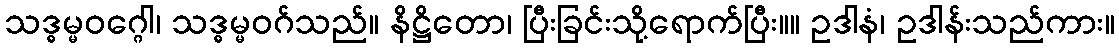
သဒ္ဓမ္မဝဂ္ဂေါ၊ သဒ္ဓမ္မဝဂ်သည်။ နိဋ္ဌိတော၊ ပြီးခြင်းသို့ရောက်ပြီး။။ ဥဒါနံ၊ ဥဒါန်းသည်ကား။